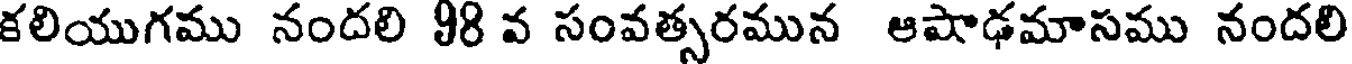
కలియుగము నందలి 98 వ సంవత్సరమున ఆషాఢమాసము నందలి